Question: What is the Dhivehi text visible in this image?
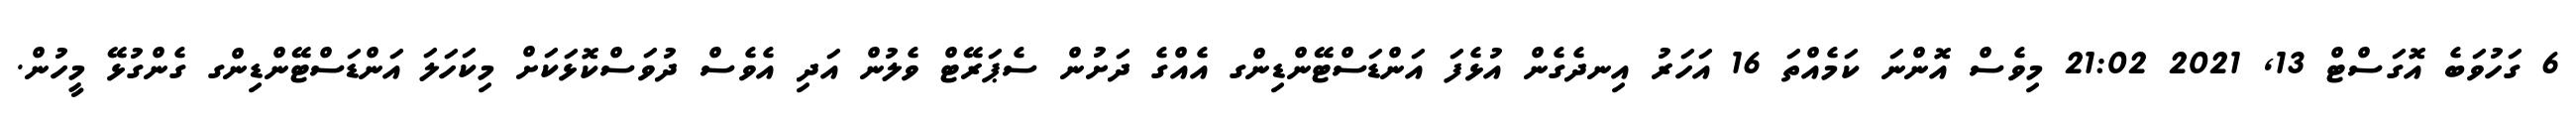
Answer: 6 ގަހުވަބެ އޮގަސްޓް 13, 2021 21:02 މިވެސް އޮންނަ ކަމެއްތަ 16 އަހަރު އިނދެގެން އުޅެފަ އަންޑަސްޓޭންޑިންގ އެއްގެ ދަށުން ސެޕަރޭޓް ވެލުން އަދި އެވެސް ދުވަސްކޮޅަކަށް މިކަހަލަ އަންޑަސްޓޭންޑިންގ ގެންގުޅޭ މީހުން.